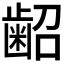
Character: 𮯃